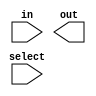
module MUX_23_1(
	select,
	in,
	out
);

input [4:0] select;
input [31:0] in;
output out;




endmodule